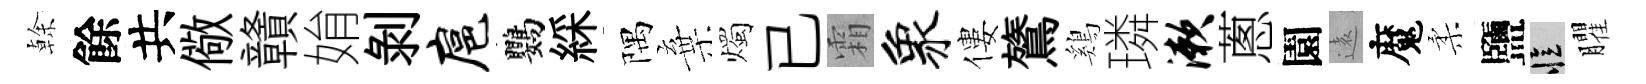
𠏉餘共儆贛姢剥扈鸚綵隅棄燭已霜象僂鷟鷄璘漱蔥園逺魔柔鹽忆臞